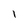
Character: 1